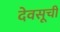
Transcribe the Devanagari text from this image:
देवसूची